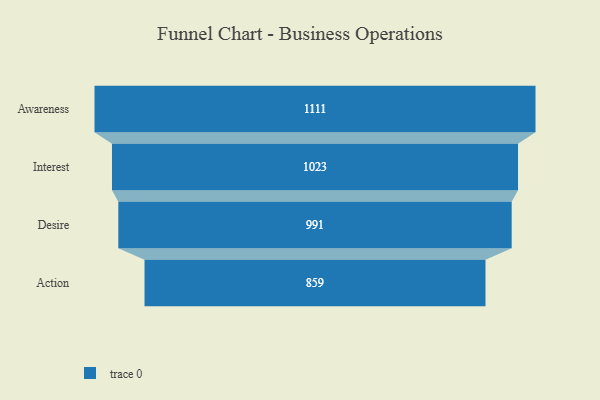
{"axis": {"x": "Stage", "y": "Value"}, "legend": [""], "data": [{"x": "Awareness", "y": 1111.0, "type": ""}, {"x": "Interest", "y": 1023.0, "type": ""}, {"x": "Desire", "y": 991.0, "type": ""}, {"x": "Action", "y": 859.0, "type": ""}]}